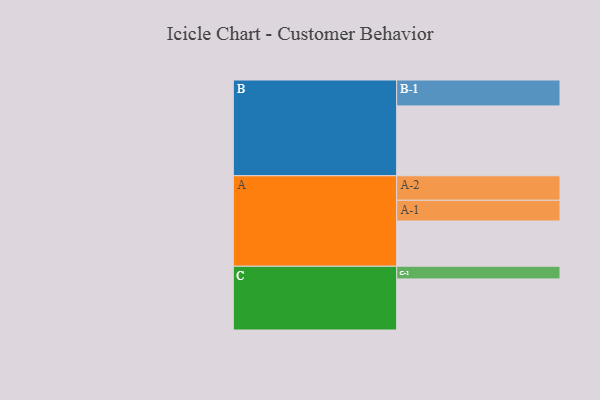
{"axis": {"x": "Segment", "y": "Value"}, "legend": ["", "A", "B", "C"], "data": [{"x": "A", "y": 349, "type": ""}, {"x": "B", "y": 539, "type": ""}, {"x": "C", "y": 394, "type": ""}, {"x": "A-1", "y": 160, "type": "A"}, {"x": "A-2", "y": 189, "type": "A"}, {"x": "B-1", "y": 200, "type": "B"}, {"x": "C-1", "y": 98, "type": "C"}]}